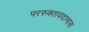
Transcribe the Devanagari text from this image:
पररुक्तावदाभास